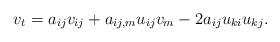
LaTeX: \begin{align*}v_t=a_{ij}v_{ij}+a_{ij,m}u_{ij}v_m-2a_{ij}u_{ki}u_{kj}.\end{align*}